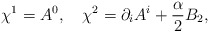
\begin{align*}\chi^1 =A^0 ,~~~\chi^2 = \partial_i A^i + \frac{\textstyle \alpha}{\textstyle 2}B_2,\end{align*}